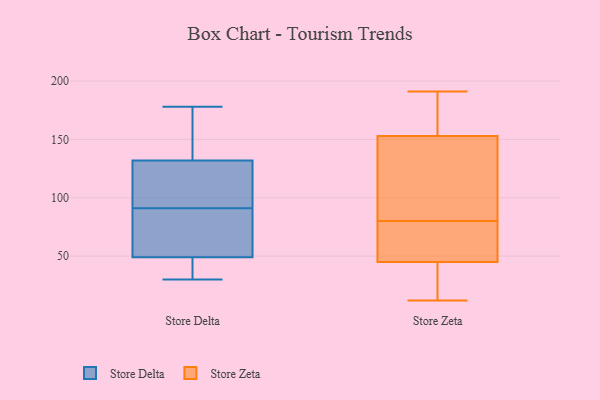
{"axis": {"x": "Waste Production (Tons)", "y": "Value"}, "legend": ["Store Delta", "Store Zeta"], "data": [{"x": "", "y": 139, "type": "Store Delta"}, {"x": "", "y": 49, "type": "Store Delta"}, {"x": "", "y": 141, "type": "Store Delta"}, {"x": "", "y": 60, "type": "Store Delta"}, {"x": "", "y": 54, "type": "Store Delta"}, {"x": "", "y": 30, "type": "Store Delta"}, {"x": "", "y": 34, "type": "Store Delta"}, {"x": "", "y": 128, "type": "Store Delta"}, {"x": "", "y": 178, "type": "Store Delta"}, {"x": "", "y": 120, "type": "Store Delta"}, {"x": "", "y": 132, "type": "Store Delta"}, {"x": "", "y": 174, "type": "Store Delta"}, {"x": "", "y": 78, "type": "Store Delta"}, {"x": "", "y": 33, "type": "Store Delta"}, {"x": "", "y": 48, "type": "Store Delta"}, {"x": "", "y": 122, "type": "Store Delta"}, {"x": "", "y": 104, "type": "Store Delta"}, {"x": "", "y": 76, "type": "Store Delta"}, {"x": "", "y": 47, "type": "Store Zeta"}, {"x": "", "y": 12, "type": "Store Zeta"}, {"x": "", "y": 155, "type": "Store Zeta"}, {"x": "", "y": 191, "type": "Store Zeta"}, {"x": "", "y": 153, "type": "Store Zeta"}, {"x": "", "y": 118, "type": "Store Zeta"}, {"x": "", "y": 25, "type": "Store Zeta"}, {"x": "", "y": 85, "type": "Store Zeta"}, {"x": "", "y": 45, "type": "Store Zeta"}, {"x": "", "y": 75, "type": "Store Zeta"}]}